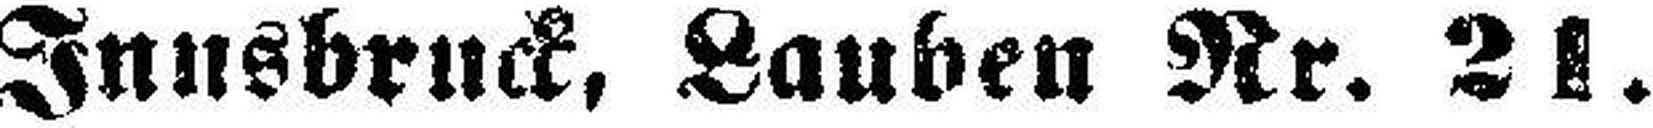
Innsbruck, Lauben Nr. 21.